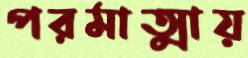
পরমাত্মায়